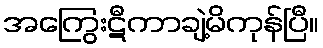
အကြွေးဋီကာချဲ့မိကုန်ပြီ။